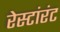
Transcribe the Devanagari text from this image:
रेस्टांरंट